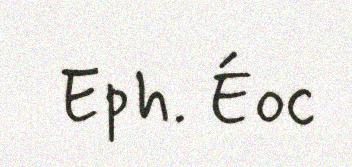
Eph. Éoc